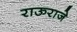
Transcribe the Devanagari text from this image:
राऊराजे